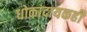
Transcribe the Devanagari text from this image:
धोकादायकही